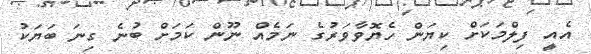
އެއީ ފިލްމަކަށް ކިޔަން ހެޔޮވާވަރުގެ ނަމެއް ނޫން ކަމަށް ބުނެ ގިނަ ބަޔަކު